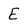
Character: E